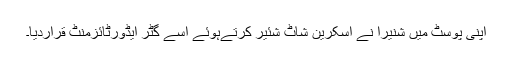
اپنی پوسٹ میں شنیرا نے اسکرین شاٹ شئیر کرتےہوئے اسے گٹر ایڈورٹائزمنٹ قراردیا۔